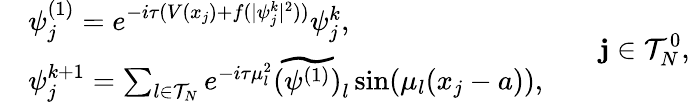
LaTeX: \begin{array}{rl}&{\psi_{j}^{(1)}=e^{-i\tau(V(x_{j})+f(|\psi_{j}^{k}|^{2}))}\psi_{j}^{k},}\\ &{\psi_{j}^{k+1}=\sum_{l\in\mathcal{T}_{N}}e^{-i\tau\mu_{l}^{2}}\widetilde{(\psi^{(1)})}_{l}\sin(\mu_{l}(x_{j}-a)),}\end{array}\qquad\mathbf{j}\in\mathcal{{T}}_{N}^{0},